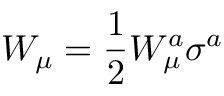
W _ { \mu } = \frac { 1 } { 2 } W _ { \mu } ^ { a } \sigma ^ { a }